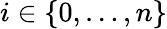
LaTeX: i\in\lbrace 0,\dots,n\rbrace